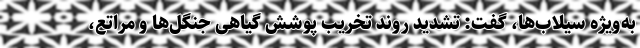
به‌ویژه سیلاب‌ها، گفت: تشدید روند تخریب پوشش گیاهی جنگل‌ها و مراتع،